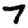
Digit: 7